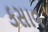
કસાવ